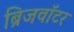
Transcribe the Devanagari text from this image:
ब्रिजवॉटर